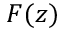
F ( z )